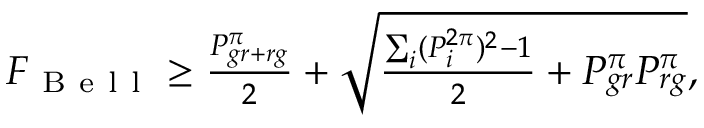
\begin{array} { r } { F _ { \mathrm { ~ B ~ e ~ l ~ l ~ } } \geq \frac { P _ { g r + r g } ^ { \pi } } { 2 } + \sqrt { \frac { \sum _ { i } ( P _ { i } ^ { 2 \pi } ) ^ { 2 } - 1 } { 2 } + P _ { g r } ^ { \pi } P _ { r g } ^ { \pi } } , } \end{array}